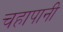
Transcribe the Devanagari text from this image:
चहापानी